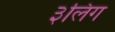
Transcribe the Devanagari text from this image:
३लिंग